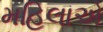
મહિલાએ